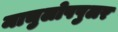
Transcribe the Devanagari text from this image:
माचुलोपपुलर